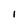
Character: I